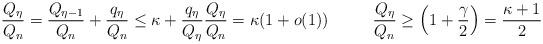
LaTeX: \begin{align*}\frac{Q_\eta}{Q_n}=\frac{Q_{\eta-1}}{Q_n}+\frac{q_\eta}{Q_n}\leq\kappa+\frac{q_\eta}{Q_\eta}\frac{Q_\eta}{Q_n}=\kappa(1+o(1))\,\,\,\,\,\,\,\,\,\,\,\,\,\,\,\,\frac{Q_\eta}{Q_n}\geq\left(1+\frac{\gamma}{2}\right)=\frac{\kappa+1}{2}\end{align*}